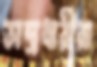
অস্ত্রধারীরা